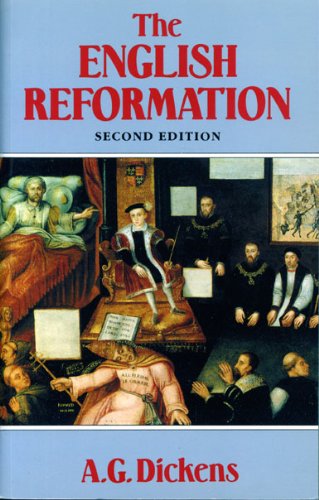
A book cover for The English Reformation; A. G. Dickens; Christian Books & Bibles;